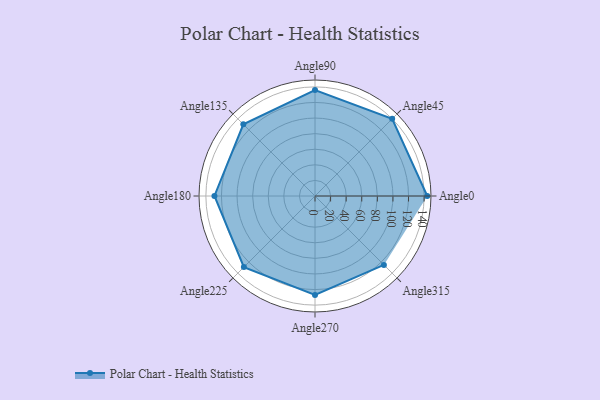
{"axis": {"x": "Angle", "y": "Radius"}, "legend": [""], "data": [{"x": "Angle0", "y": 144.0, "type": ""}, {"x": "Angle45", "y": 140.0, "type": ""}, {"x": "Angle90", "y": 136.0, "type": ""}, {"x": "Angle135", "y": 130.0, "type": ""}, {"x": "Angle180", "y": 129.0, "type": ""}, {"x": "Angle225", "y": 129.0, "type": ""}, {"x": "Angle270", "y": 127.0, "type": ""}, {"x": "Angle315", "y": 125.0, "type": ""}]}